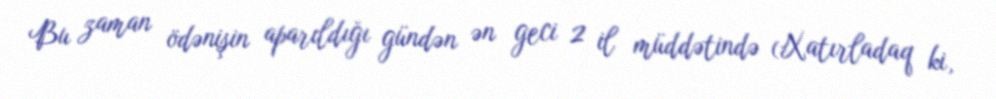
Bu zaman ödənişin aparıldığı gündən ən geci 2 il müddətində (Xatırladaq ki,